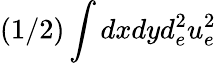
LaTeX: (1/2)\int dxdyd_{e}^{2}u_{e}^{2}